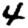
Digit: 4